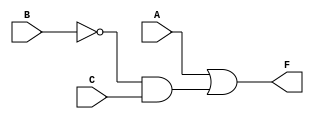
module C9_5_short (A, B, C, F);
  input wire A,B,C;
  output wire F;

  wire notB, notBandC;

  not #1 g2(notB,B);
  and #2 g1(notBandC,notB,C);
  or  #2 g3(F,A,notBandC);

endmodule